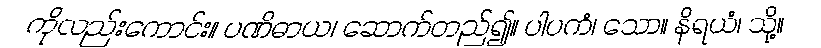
ကိုလည်းကောင်း။ ပဏိဓာယ၊ ဆောက်တည်၍။ ပါပကံ၊ သော။ နိရယံ၊ သို့။